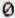
0